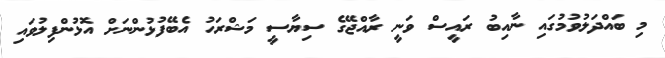
މި ބައްދަލުވުމުގައި ނާއިބު ރައީސް ވަނީ ރާއްޖޭގެ ސިޔާސީ މަޝްރަހު އެބޭފުޅުންނަށް އޮޅުންފިލުވައި